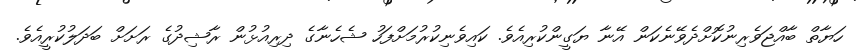
ހަޔާތް ބާއްޖަވެރިނުކޮށްދެވޭނެކަން އޭނާ ޔަގީންކުރިއެވެ. ކައިވެނިކުރުމަށްފަހު ޝެހެނާގެ ދިރިއުޅުން ރާޝިދުގެ ރަށަށް ބަދަލުކުރީއެވެ.